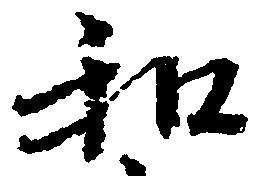
和